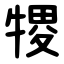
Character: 㹄